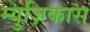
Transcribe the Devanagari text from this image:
म्युज़िकास